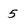
Character: 5